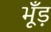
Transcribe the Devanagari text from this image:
भूँड़